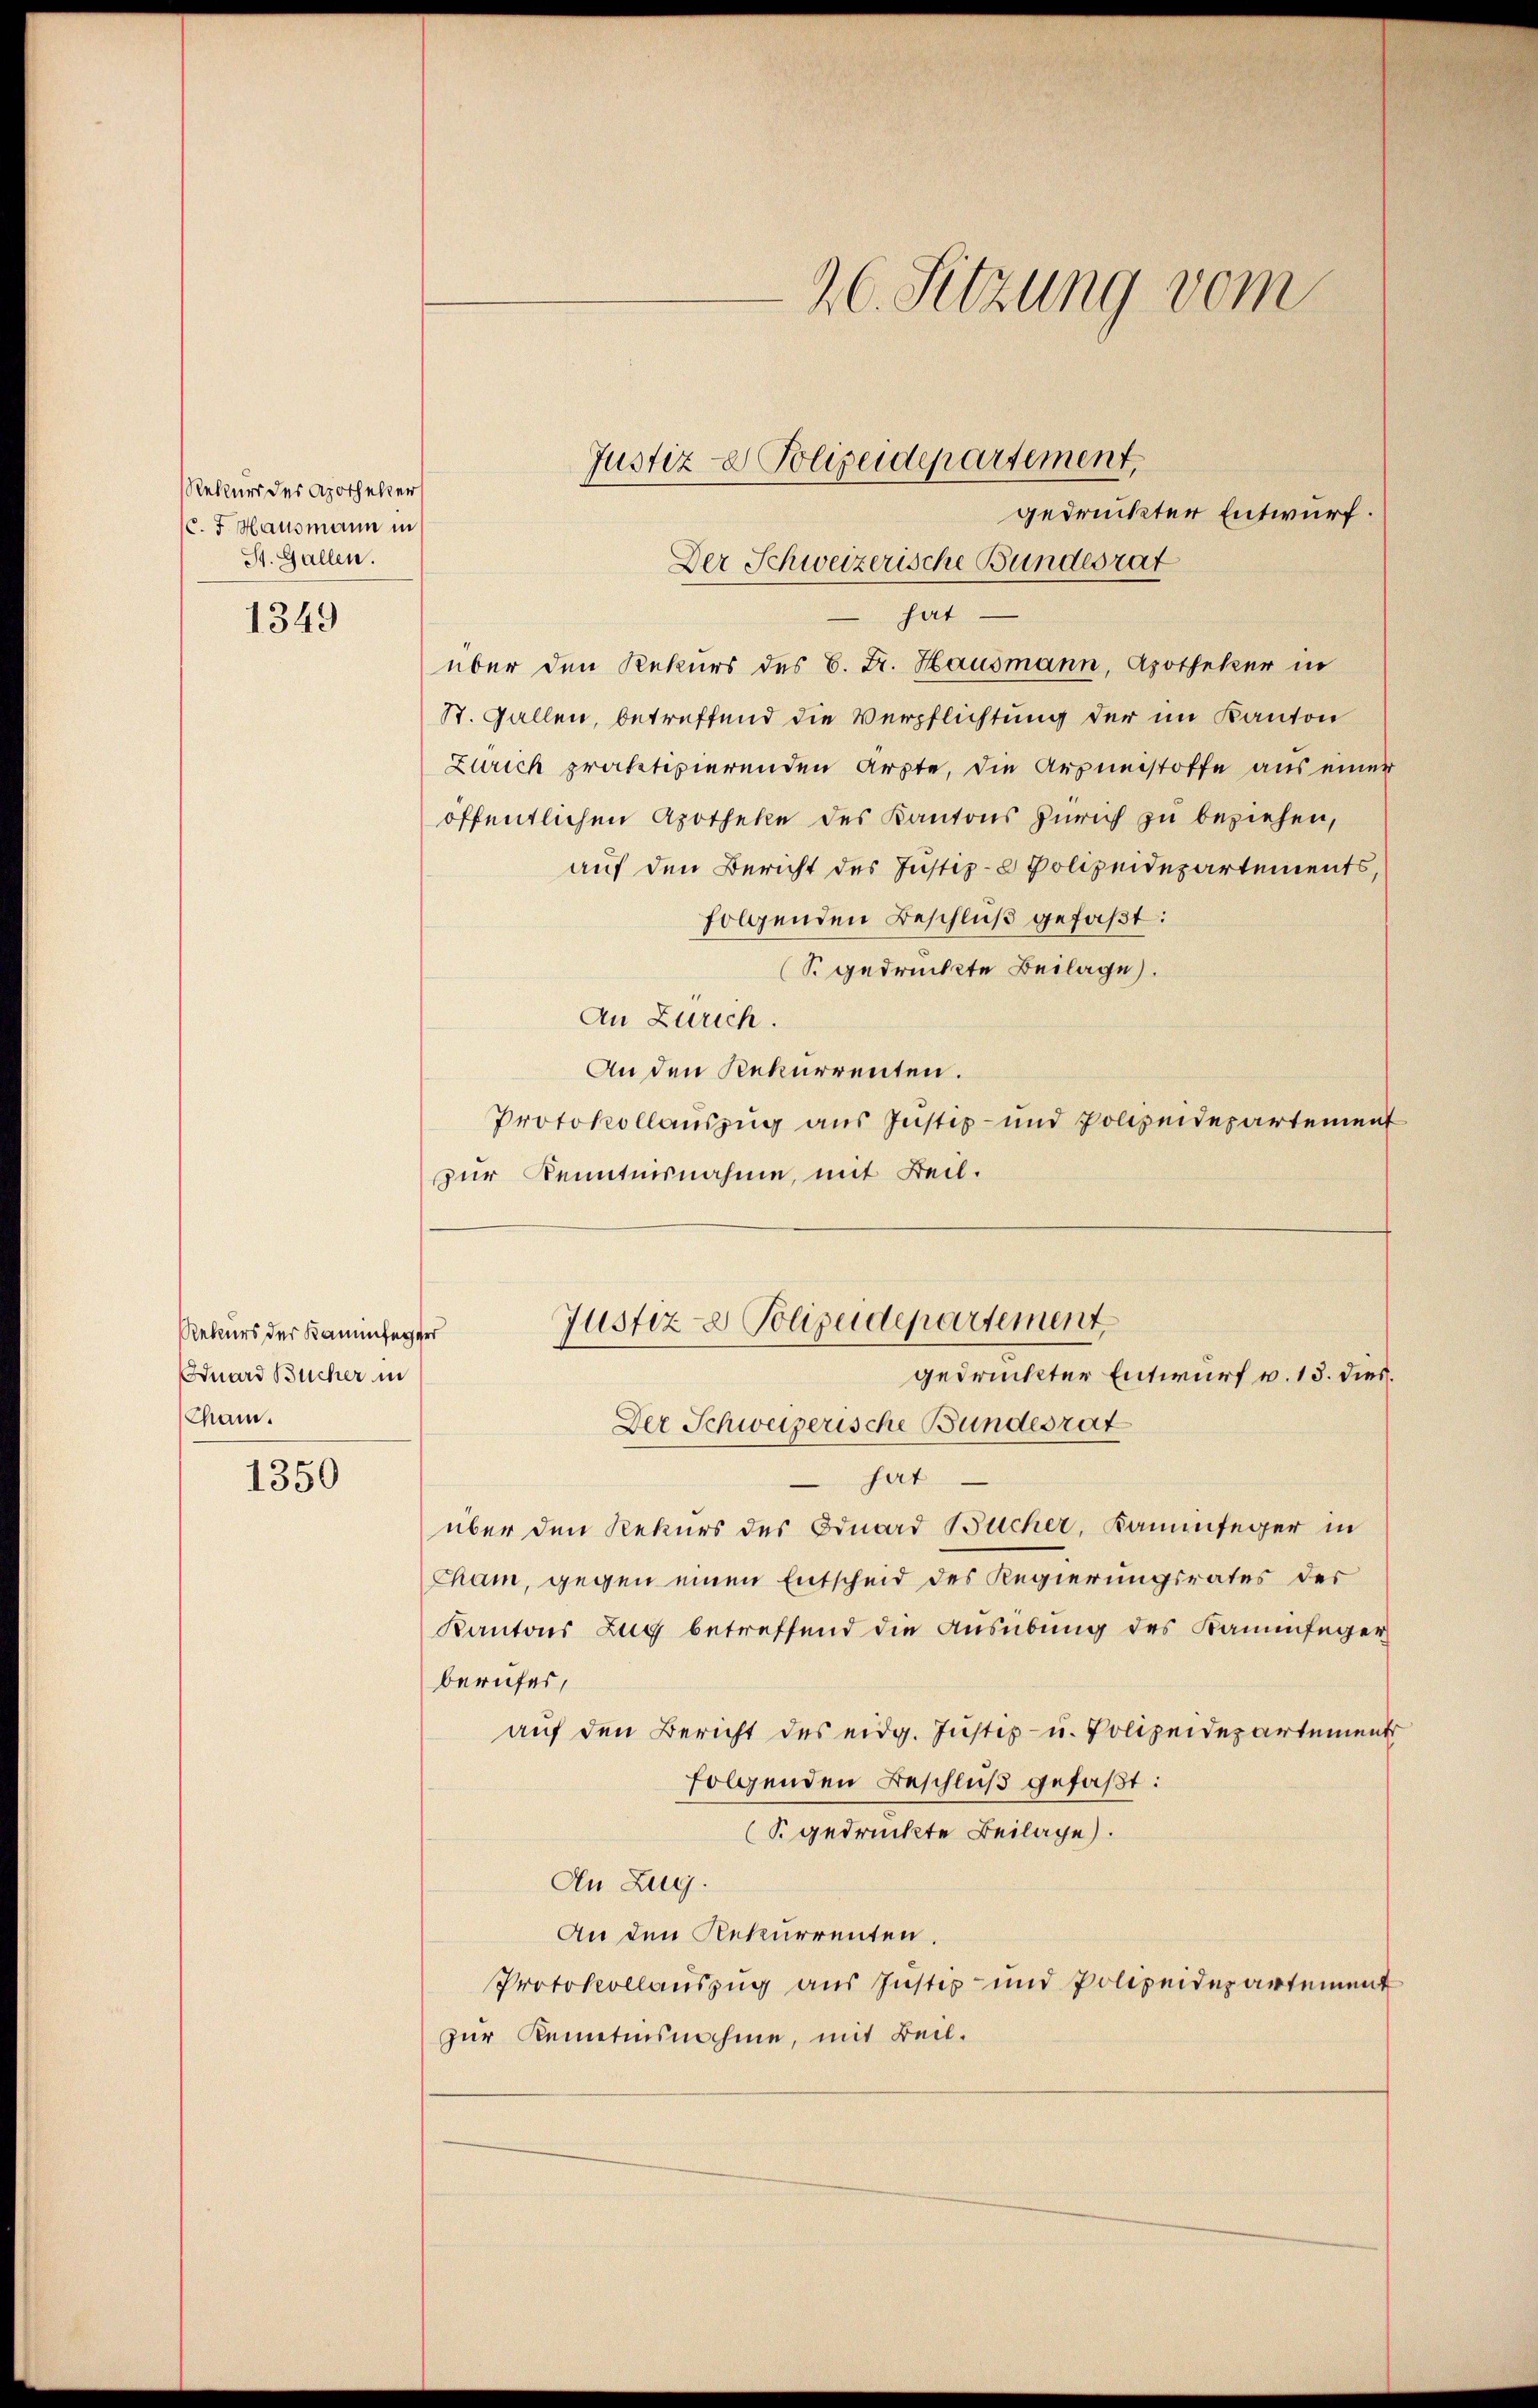
Rekurs des Apotheker
(C. J. Hausmann in
St. Gallen.

1349

Rekurs der Kaminfegger
Dduard Bücher in
Cham.

1350

gedruckter Entwurf.
Der Schweizerische Bundesrat
hat
über den Rekurs des C. Dr. Hausmann, Apotheker in
St. Gallen, betreffend die Verpflichtung der im Kanton
Zürich praktivierenden Arzte, die Arzneistoffe aus einer
öffentlichen Apotheke des Kantons Zürich zu beziehen,
auf den Bericht des Justiz- & Polizeidepartements,
folgenden Beschluß gefaßt:
(S. gedruckte Beilage.
An Zürich.
An den Rekurrenten.
Protokollauszug aus Justiz- und Polizeidepartement
zur Kenntnisnahme, mit Beil.
Justiz- & Polizeidepartement.
gedruckter Entwurf v. 13. dies.
Der Schweizerische Bundesrat
hat
über den Rekurs des Oduard Bücher, Kaminfeger in
Cham, gegen einen Entscheid des Regierungsrates der
Kantons Zug betreffend die Ausübung des Kaminfeger
berufes,
auf den Bericht des eidg. Justiz- u. Polizeidepartement
folgenden Beschluß gefaßt:
(§ gedruckte Beilage).
An Zug.
An den Rekurrenten.
Protokollauszug aus Justiz- und Polizeidepartement
zur Kenntnisnahme, mit Beil.

Justiz- & Polizeidepartement,

26. Sitzung vom